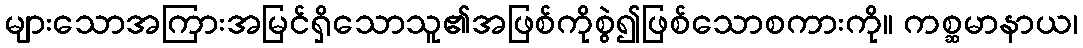
များသောအကြားအမြင်ရှိသောသူ၏အဖြစ်ကိုစွဲ၍ဖြစ်သောစကားကို။ ကစ္ဆမာနာယ၊